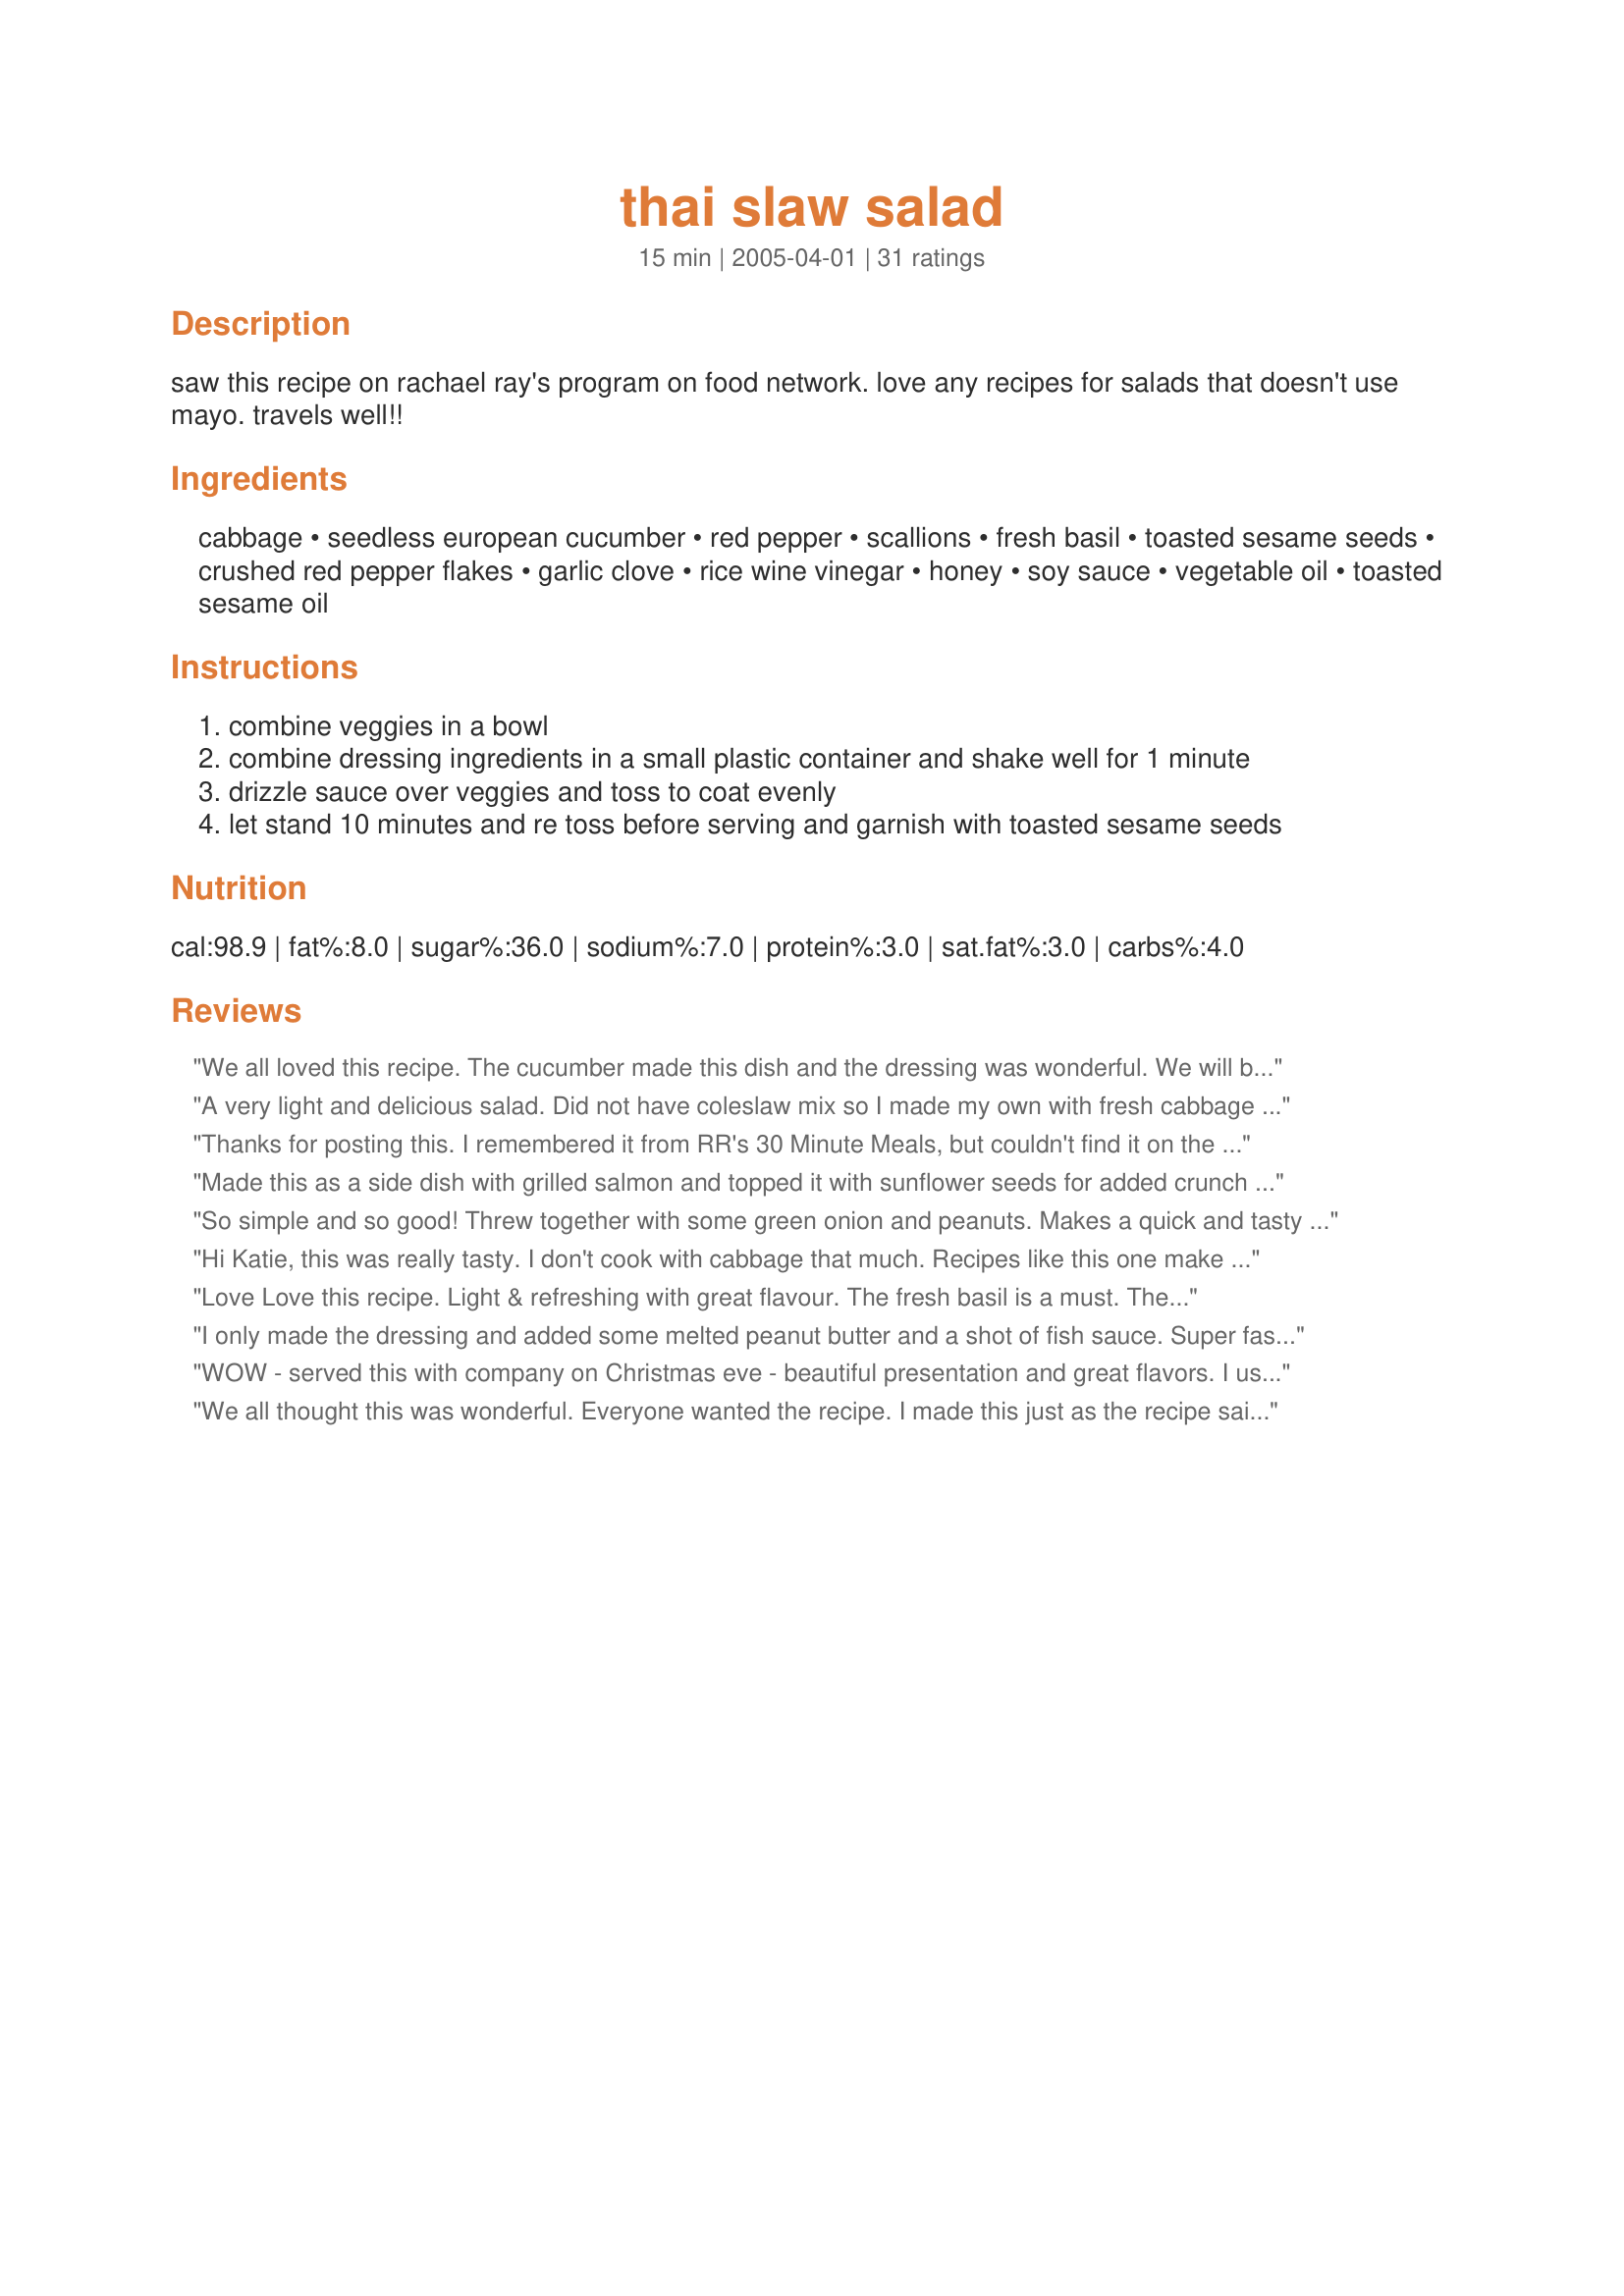
thai slaw salad
Preparation time: 15 minutes

saw this recipe on rachael ray's program on food network.
love any recipes for salads that doesn't use mayo. travels well!!

Ingredients:
cabbage, seedless european cucumber, red pepper, scallions, fresh basil, toasted sesame seeds, crushed red pepper flakes, garlic clove, rice wine vinegar, honey, soy sauce, vegetable oil, toasted sesame oil

Steps:
combine veggies in a bowl
combine dressing ingredients in a small plastic container and shake well for 1 minute
drizzle sauce over veggies and toss to coat evenly
let stand 10 minutes and re toss before serving and garnish with toasted sesame seeds

Reviews:
We all loved this recipe. The cucumber made this dish and the dressing was wonderful. We will be making this again.
A very light and delicious salad. Did not have coleslaw mix so I made my own with fresh cabbage and a grated carrot. Also, I was out of scallions and added some thinly sliced red onion. I used the food processor to shred everything and the salad was ready in no time at all.
Thanks for posting this. I remembered it from RR's 30 Minute Meals, but couldn't find it on the Food Network website. I like making this for potlucks.
Made this as a side dish with grilled salmon and topped it with sunflower seeds for added crunch as I didn't have any sesame seeds. They put it over the top. DS raved about it and even the guests who "didn't like coleslaw" ate three helpings.
So simple and so good! Threw together with some green onion and peanuts. Makes a quick and tasty lunch too!
Hi Katie, this was really tasty. I don't cook with cabbage that much. Recipes like this one make wonder why.
Love Love this recipe.
Light & refreshing with great flavour. The fresh basil is a must.
The only thing I added was a handful of peanuts on top for some more crunch.
I know I will making this all summer long.
Delish!
I only made the dressing and added some melted peanut butter and a shot of fish sauce. Super fast, super easy, many uses. I'll come again to make the whole salad.
WOW - served this with company on Christmas eve - beautiful presentation and great flavors. I used Napa cabbage instead of bagged as we don't get it in Europe. Also was short on basil but had some. Loved the flavors and the left overs were really good the next day - even though it had the dressing on it. Will definitely make again. Thanks.
We all thought this was wonderful. Everyone wanted the recipe. I made this just as the recipe said; but I would add that if you don't think you will eat it all in one sitting, only put part of the dressing on part of the salad, as it is not as good the second day.
I liked this a lot, my first time using cucumber in a coleslaw! I think I would cut back on the honey some as this was pretty sweet. Used yellow bell pepper instead of red and Thai basil :) Very tasty!
Yummy! Paired with some Pad Thai for a great veggie meal. I'm not a cabbage fan, so I am always looking for a good way to work this veggie into our diet. Great light flavor that is melded well. I used less honey by about 1/2 Tbsp since we don't like things too sweet. Thanks so much for posting!
Made this slaw for our family vacation. Mixed it all together several hours before serving to allow it to blend. Very tasty and nice combination of vegetables. Used much less cayenne in the dressing. Looked beautiful too. Thanks for posting.
I went to make this last night, but without my computer. When I see it now, I nearly got it right-just added a carrot peeled into strips and forgot the oil. In future, I would still forget the oil, as it made the salad really fresh and tasty. We will be eating variations of this often. I used palm sugar rather than the honey as I think it is more authentic.
Tasty recipe.
I used a whole cucumber.
Thanks for posting.
Dh and I liked this a lot. I didn't have red pepper so I left it out. I thinly sliced the cucumbers and then cut them into small strips which allowed more in every bite! Instead of toasted sesame seeds, I used ramen noodles. The dressing was very good and had the sesame taste from the oil. Thanks!
Really an outstanding thai slaw, with few modifications on the second go to suit our tastes. I used more vinegar and honey, and fish sauce instead of soy. The basil on top was ok, but mint and coriander would go well, too. Handful of peanuts topped it off nicely. Happy now.
Loved this salad. So refreshing.
This slaw is so easy and so tasty. I've made it at least weekly since we first tried it a couple weeks ago, and it's always a hit. Instead of sesame seeds, I added crushed peanuts and it tastes amazing. You can also add whatever veggies that are sitting in the fridge you want to get rid of: broccoli, carrots, etc. I always make extra because we end up going back for seconds, it's so good!
Tried this last night and loved it!
I too used more vinegar and honey, and fish sauce instead of soy. The basil on top was ok, but mint and coriander would go well, too. sunflower seeds on top.
I followed this recipe to the "T" and it was wonderful. I made it for a family potluck and was asked by everyone for the recipe. The dressing was right on and it was such a nice change from the usual mayo salads.
This is a pretty good recipe for salad. It gives a little sour and sweet taste to veggie. I like it.
O-kay, I have a confession. When the salad is all eaten up, I keep adding shredded cabbage to the dressing to stretch it out! This is SO good and really addictive. The other day I made some to have with our dinner, and I ate almost all of it before family came home from school/work. That is when the adding more cabbage really came in handy - shhhhh. Thanks katin in the UP, this is serious yum!
This is great stuff. The basil makes it different & is delicious.
Delicious and refreshing!
Like JanRoundOz I forgot the vegetable oil, except I did leave the sesame oil in for taste as I thought it was essential. Even though it may be less authentic I went ahead and used honey. I added two mini-sized seedless cucumbers and had to leave out the basil in my BF's portion as he doesn't like it but I did add it to mine. Basil, anyway, is crucial to Thai foods. I really liked the sweet/sour/hot combination and I particularly liked that it was low fat and high in vitamin C. I make variations of this salad often too and this was a very nice one. Thanks Katie.
Made this again with sugar snap peas in place of the cumumber and served with Thai shrimpcakes. Delicious. I made half a recipe but this was great. Loved the flavors. I served with Recipe #150739.
Wonderful and refreshing salad. My only reason for giving the recipe 4 stars instead of 5 was the fresh basil. I made the salad minus the basil about 2 hours ahead of time. Didn't want to add it till the end, to keep the fresh flavor. However, I tried the salad before adding the basil and think I liked it better without. I love fresh basil but for my taste it didn't work. But it was delicious and will make this salad again and again. Thank you for posting.
sooooo good i just ate almost half of it! because i was very distracted in the store, i grabbed a bag of broccoli coleslaw instead of the reg kind, which does work but next time i make this i'll use cabbage. this will be perfect to bring for lunch. thanks for the recipe.
This was outstanding! I made a couple of changes and substitutions: I used white vinegar instead of rice vinegar, used 1 T. sesame oil and 1 T canola oil, and added 1 t ginger paste. I also used chopped cilantro instead of basil. The flavor was so good and I'll be making this again soon. The family loved it as well. Very nice addition to grilled meats.
